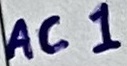
Text: AC1